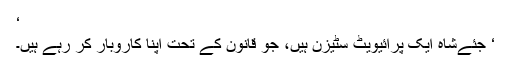
‘
‘ جئےشاہ ایک پرائیویٹ سٹیزن ہیں، جو قانون کے تحت اپنا کاروبار کر رہے ہیں۔